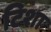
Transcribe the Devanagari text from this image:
टिशा